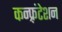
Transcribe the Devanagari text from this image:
कन्फ़्रंटेशन